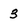
Character: 3